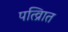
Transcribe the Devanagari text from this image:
पत्व्राित